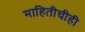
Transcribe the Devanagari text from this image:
माहितीचीही